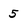
Character: 5